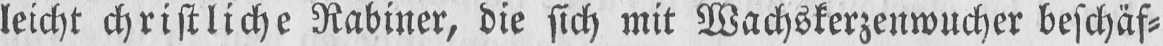
leicht christliche Rabiner, die sich mit Wachskerzenwucher beschäf⸗